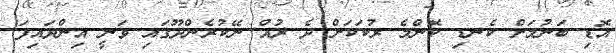
އޮޑި ބަނުމަށް ކެނޑި ކޮންމެ ރުކަކަށް ދެ ރުއް ނޭކުރެންދޫގައި ވަނީ އިންދައިފަ